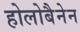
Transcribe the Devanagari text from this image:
होलोबैनेन